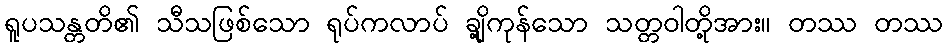
ရူပသန္တတိ၏ သီသဖြစ်သော ရုပ်ကလာပ် ချို့ကုန်သော သတ္တဝါတို့အား။ တဿ တဿ